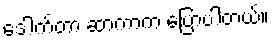
ဒေါက်တာ ဆာကာက ပြောပါတယ်။